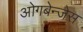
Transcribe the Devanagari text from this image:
ओगबेन्जेस